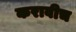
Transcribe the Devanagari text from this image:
करावीच